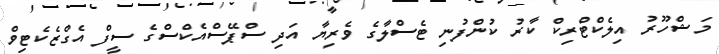
މަޝްހޫރު އިލެކްޓްރިކް ކާރު ކުންފުނި ޓެސްލާގެ ވެރިޔާ އަދި ސްޕޭސްއެކްސްގެ ސީފް އެގްޒެކެޓިވް